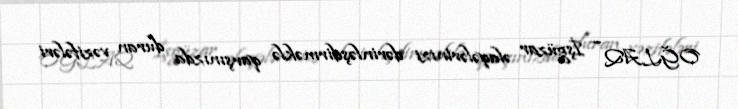
OĞLAQ – İşgüzar əlaqələrinizi dərinləşdirməklə qarşınızda duran vəzifələri